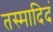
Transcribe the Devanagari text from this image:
तस्मादिदं